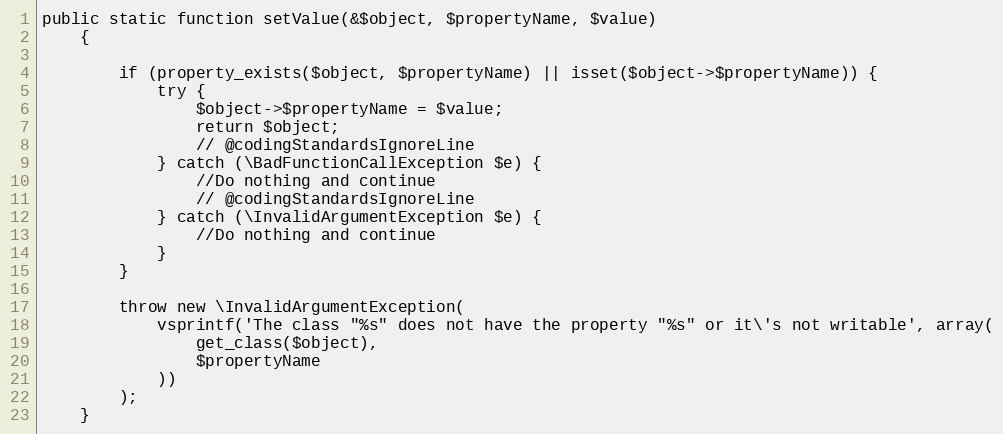
Language: PHP
public static function setValue(&$object, $propertyName, $value)
    {

        if (property_exists($object, $propertyName) || isset($object->$propertyName)) {
            try {
                $object->$propertyName = $value;
                return $object;
                // @codingStandardsIgnoreLine
            } catch (\BadFunctionCallException $e) {
                //Do nothing and continue
                // @codingStandardsIgnoreLine
            } catch (\InvalidArgumentException $e) {
                //Do nothing and continue
            }
        }

        throw new \InvalidArgumentException(
            vsprintf('The class "%s" does not have the property "%s" or it\'s not writable', array(
                get_class($object),
                $propertyName
            ))
        );
    }